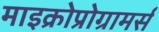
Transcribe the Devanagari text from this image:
माइक्रोप्रोग्रामर्स